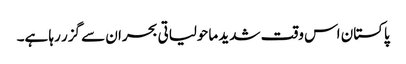
پاکستان اس وقت شدید ماحولیاتی بحران سے گزر رہا ہے۔